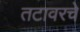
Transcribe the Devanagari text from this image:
तटावरचे